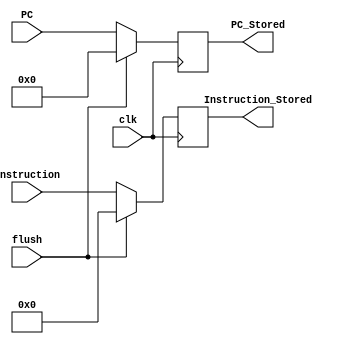
`timescale 1ns / 1ps

module IF_ID_Reg(
    input flush,
    input clk, 
    input [63:0] PC,
    input [31:0] Instruction,
    
    output reg [63:0] PC_Stored,
    output reg [31:0] Instruction_Stored
   //output reg[63:0] tempPC,  output reg[31:0] tempIns
    );
//    reg[63:0] tempPC; reg[31:0] tempIns;
//    always @ (negedge clk)
//    begin
//        tempPC = PC;
//        tempIns = Instruction;
//    end
    
//    always @ (posedge clk) begin
//        PC_Stored = tempPC; Instruction_Stored = tempIns;
//    end
    always @ (posedge clk) begin 
        if (flush) begin PC_Stored = 0; Instruction_Stored = 0; end
        else begin PC_Stored = PC; Instruction_Stored = Instruction; end
    end
    
endmodule